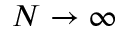
N \to \infty